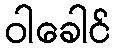
ဝါခေါင်